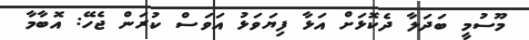
މޫސުމީ ބަދަލާ ދެކޮޅަށް އަޅާ ފިޔަވަޅު އަވަސް ކުރަން ޖެހޭ: އޮބާމާ